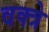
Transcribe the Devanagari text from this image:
वक्त्रे